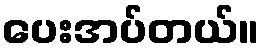
ပေးအပ်တယ်။